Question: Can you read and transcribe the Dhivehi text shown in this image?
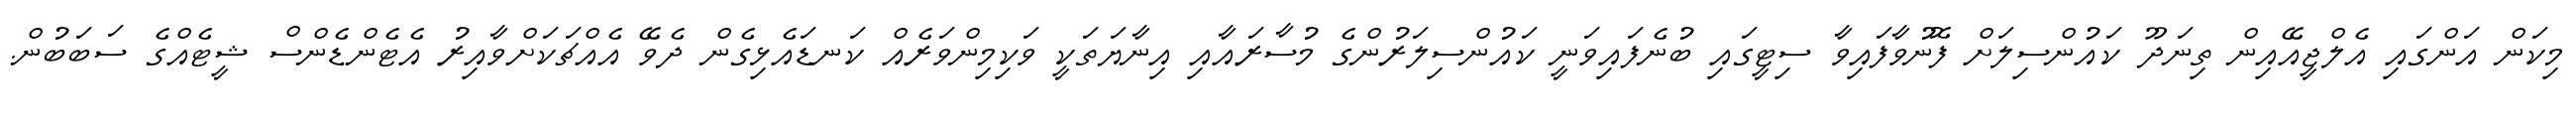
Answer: މިކަން އަންގައި އެލްޖީއޭއިން ތިނަދޫ ކައުންސިލަށް ފޮނުވާފައިވާ ސިޓީގައި ބުނެފައިވަނީ ކައުންސިލަރުންގެ މުސާރައާއި އިނާޔަތަކީ ވަކިމިންވަރެއް ކަނޑައެޅިގެން ދެވޭ އެއްޗަކަށްވާއިރު އެޓެންޑެންސް ޝީޓެއްގެ ސަބަބުން.